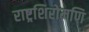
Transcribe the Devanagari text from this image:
राष्ट्रशिरोमणि